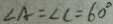
\angle A = \angle C = 6 0 ^ { \circ }